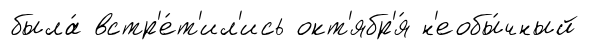
была́ встр'е́т'ил'ись окт'ябр'я́ н'еобы́чный